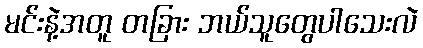
မင်းနဲ့အတူ တခြား ဘယ်သူတွေပါသေးလဲ